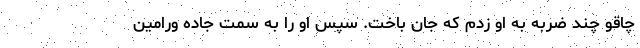
چاقو چند ضربه به او زدم که جان باخت. سپس او را به سمت جاده ورامین